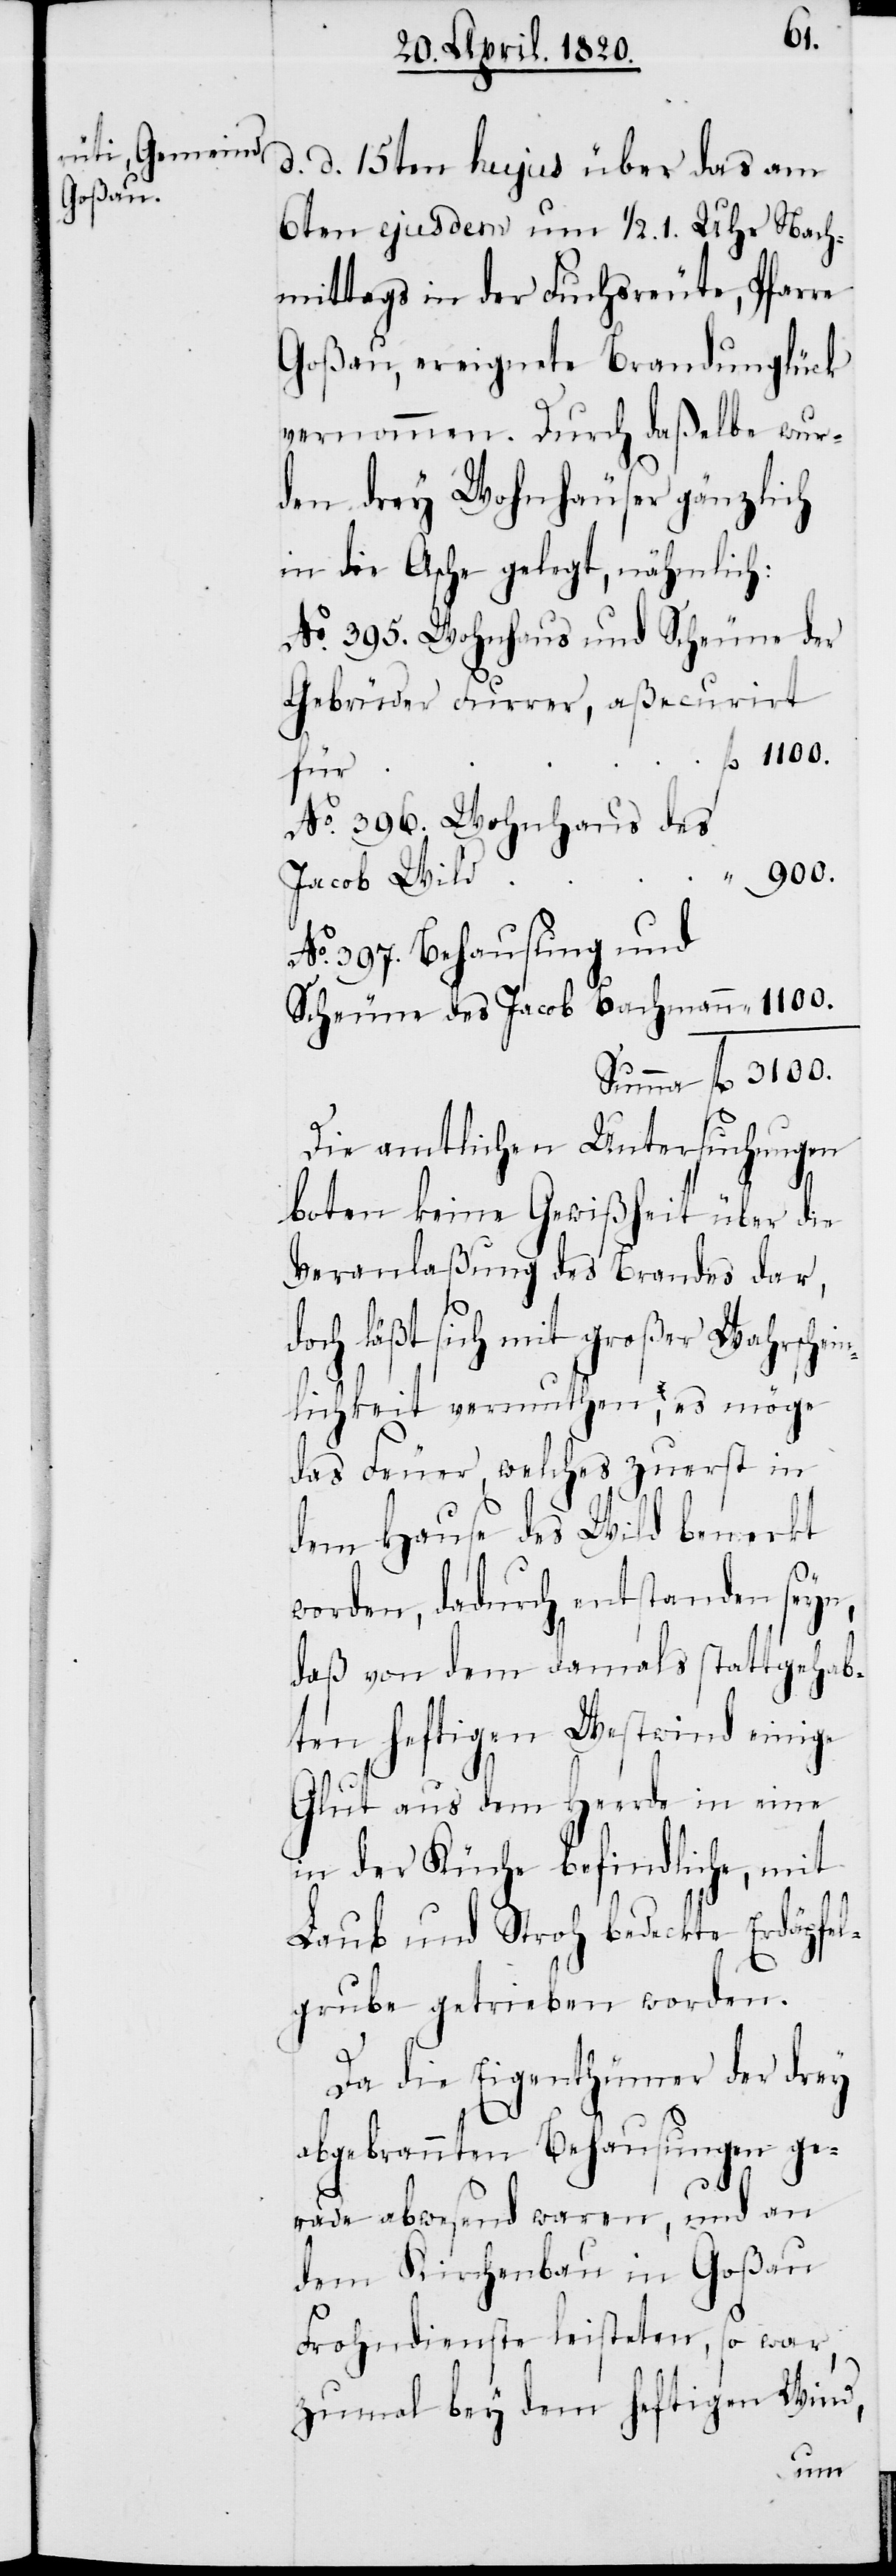
d. d. 15ten hujus über das am
6ten ejusdem um 1/2. 1. Uhr Nach¬
mittags in der Fuchsreute, Pfarre
Goβau, ereignete Brandunglück
vernommen. Durch daβelbe wur¬
den drey Wohnhäuser gänzlich
in die Asche gelegt, nämlich:
No. 395. Wohnhaus und Scheune der
Gebrüder Furrer, aβecurirt
für
No. 396. Wohnhaus des
No. 397. Behausung und
Scheune des Jacob Bachmann
Summe	fl	3100.
Die amtlichen Untersuchungen
boten keine Gewiβheit über die
Veranlaβung des Brandes dar,
doch läβt sich mit groβer Wahrschein¬
lichkeit vermuthen, es möge
das Feuer, welches zuerst in
dem Hause des Wild bemerkt
worden, dadurch entstanden seyn,
daβ von dem damals stattgehab¬
ten heftigen Westwind einige
Glut aus dem Herde in eine
in der Küche befindliche, mit
Laub und Stroh bedeckte Erdöpfel¬
grube getrieben worden.
Da die Eigenthümer der drey
abgebrannten Behausungen ge¬
rade abwesend waren, und an
dem Kirchenbau in Goβau
Frohndienste leisteten, so war,
zumal bey dem heftigen Wind,